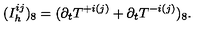
( I _ { h } ^ { i j } ) _ { 8 } = ( \partial _ { t } T ^ { + i ( j ) } + \partial _ { t } T ^ { - i ( j ) } ) _ { 8 } .